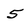
Character: 5